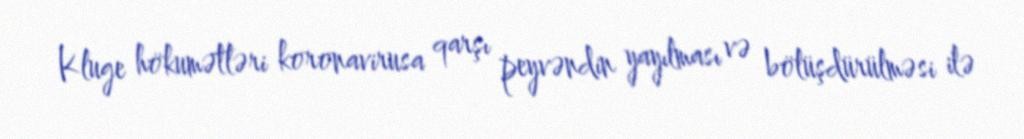
Kluge hökumətləri koronavirusa qarşı peyvəndin yayılması və bölüşdürülməsi ilə